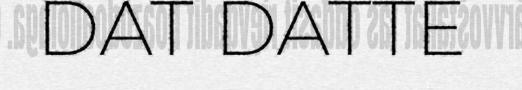
DAT DATTE